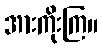
အားကိုးကြ။